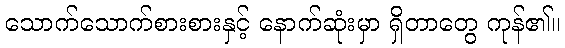
သောက်သောက်စားစားနှင့် နောက်ဆုံးမှာ ရှိတာတွေ ကုန်၏။